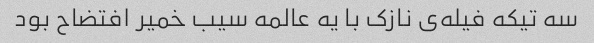
سه تیکه فیله‌ی نازک با یه عالمه سیب خمیر افتضاح بود